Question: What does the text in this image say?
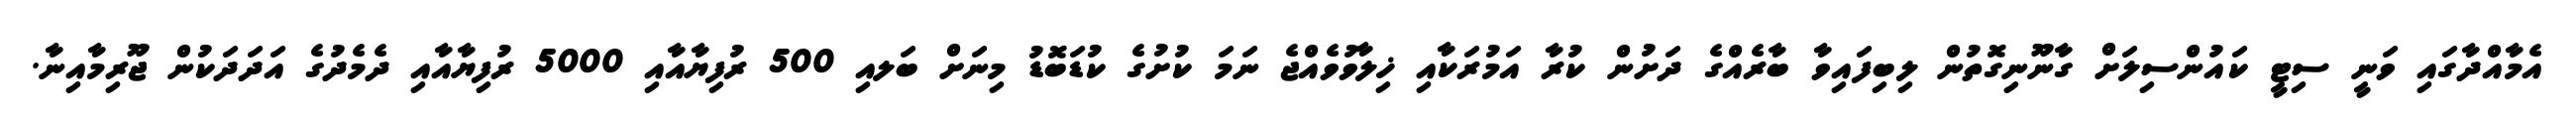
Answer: އެމާއްދާގައި ވަނީ ސިޓީ ކައުންސިލަށް ގާނޫނިގޮތުން ލިބިފައިވާ ބާރެއްގެ ދަށުން ކުރާ އަމުރަކާއި ޚިލާވުވެއްޖެ ނަމަ ކުށުގެ ކުޑަބޮޑު މިނަށް ބަލއި 500 ރުފިޔާއާއި 5000 ރުފިޔާއާއި ދެމެދުގެ އަދަދަކުން ޖޫރިމާއިނާ.